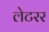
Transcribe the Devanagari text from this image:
लेटरर